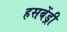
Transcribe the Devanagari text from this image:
हसबेंड्री